Civil Veterinary Dept. Assam report 1927-50 - 1927-1950
Year: 1927
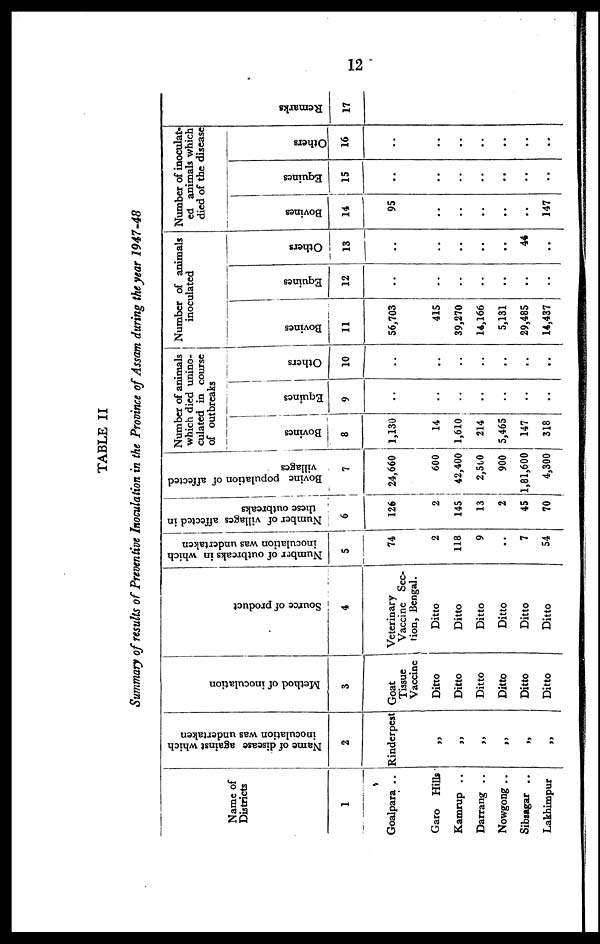
12
TABLE II
Summary of results of Preventive Inoculation in the Province of Assam during the year 1947-48
Name of
Districts
1
Goalpara ..
Garo Hills
Kamrup ..
Darrang ..
Nowgong ..
Sibiagar ..
Lakhimpur
Name of disease against which
inoculation was undertaken
2
Rinderpest
„
„
„
„
„
„
Method of inoculation
3
Goat
Tissue
Vaccine
Ditto
Ditto
Ditto
Ditto
Ditto
Ditto
Source of product
4
Veterinary
Vaccine Sec-
tion, Bengal.
Ditto
Ditto
Ditto
Ditto
Ditto
Ditto
Number of outbreaks in which
inoculation was undertaken
5
74
2
118
9
..
7
54
Number of villages affected in
these outbreaks
6
126
2
145
13
2
45
70
Bovine population of affected
villages
7
24,660
600
42,400
2,500
900
1,81,600
4,300
Number of animals
which died unino-
culated in course
of outbreaks
Bovines
8
1,130
14
1,610
214
5,465
147
318
Equines
9
„
..
..
..
..
..
..
Others
10
„
„
„
„
„
„
„
Number of animals
inoculated
Bovines
11
56,703
415
39,270
14,166
5,131
29,485
14,437
Equines
12
„
..
..
„
„
„
„
Others
13
„
..
..
..
..
44
..
Number of inoculat-
ed animals which
died of the disease
Bovines
14
95
..
..
..
..
..
147
Equines
15
„
„
„
„
„
„
..
Others
16
„
„
„
„
„
„
Remarks
17